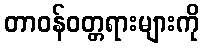
တာဝန်ဝတ္တရားများကို